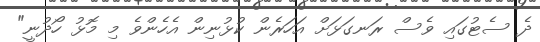
ދެ ސެޓުގައި ވެސް ރަނގަޅަށް އަހަރެން ކުޅުނިން އެހެންވެ މި މޮޅު ހޯދުނީ"